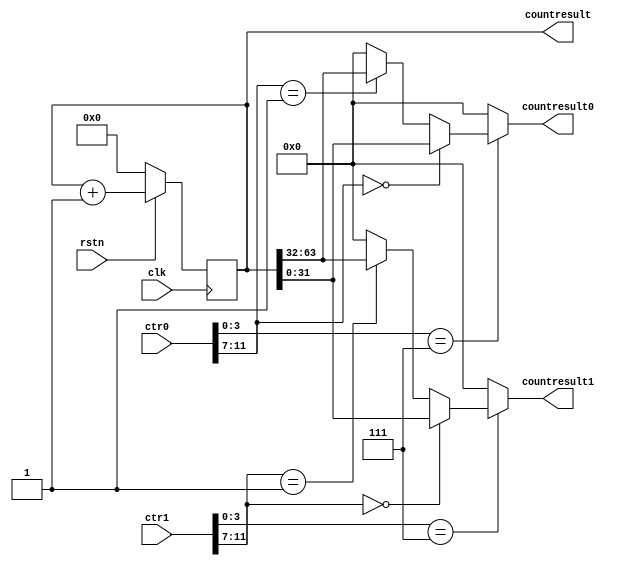
module counter (
    input      clk,
    input      rstn,
    input  [31:0] ctr0,
    input  [31:0] ctr1,
    output reg [31:0] countresult0,
    output reg [31:0] countresult1,
    output reg [63:0] countresult
);
    wire [3:0] type0    = ctr0[3:0];
    wire [4:0] subtype0 = ctr0[11:7];
    wire [3:0] type1    = ctr1[3:0];
    wire [4:0] subtype1 = ctr1[11:7];

    reg [63:0] count;
    always @(posedge clk )begin
        if(!rstn) begin
            count <= 0;
        end
        else begin
            count <= count + 1;
        end
    end

    always @(*) begin
        countresult0=0;
        countresult1=0; 
        countresult=count;
        if(type0==7)
            if(subtype0==0) countresult0=count[31:0];
            else if(subtype0==1) countresult0=count[63:32];
        if(type1==7)
            if(subtype1==0) countresult1=count[31:0];
            else if(subtype1==1) countresult1=count[63:32];
    end
    
endmodule //counter